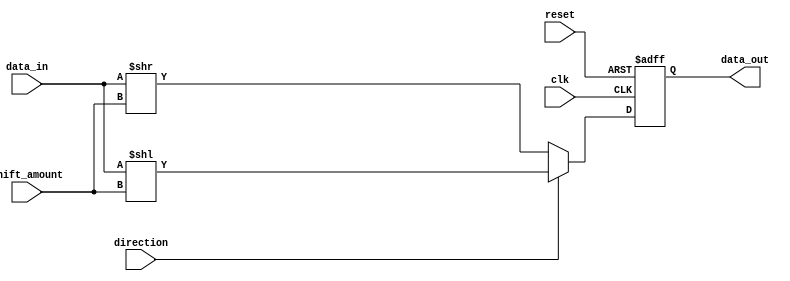
module Barrel_Shihfter (
  input wire clk,
  input wire reset,
  input wire [7:0] data_in, // Input data word
  input wire direction,      // Direction of shift (0 = right, 1 = left)
  input wire [2:0] shift_amount, // Number of positions to shift by
  output reg [7:0] data_out   // Shifted data word
);

always @(posedge clk or posedge reset) begin
  if (reset) begin
    data_out <= 8'b0;
  end else begin
    if (direction) begin
      data_out <= data_in << shift_amount; // Left shift by shift_amount positions
    end else begin
      data_out <= data_in >> shift_amount; // Right shift by shift_amount positions
    end
  end
end

endmodule